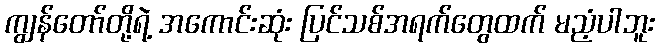
ကျွန်တော်တို့ရဲ့ အကောင်းဆုံး ပြင်သစ်အရက်တွေထက် မညံ့ပါဘူး